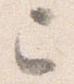
已